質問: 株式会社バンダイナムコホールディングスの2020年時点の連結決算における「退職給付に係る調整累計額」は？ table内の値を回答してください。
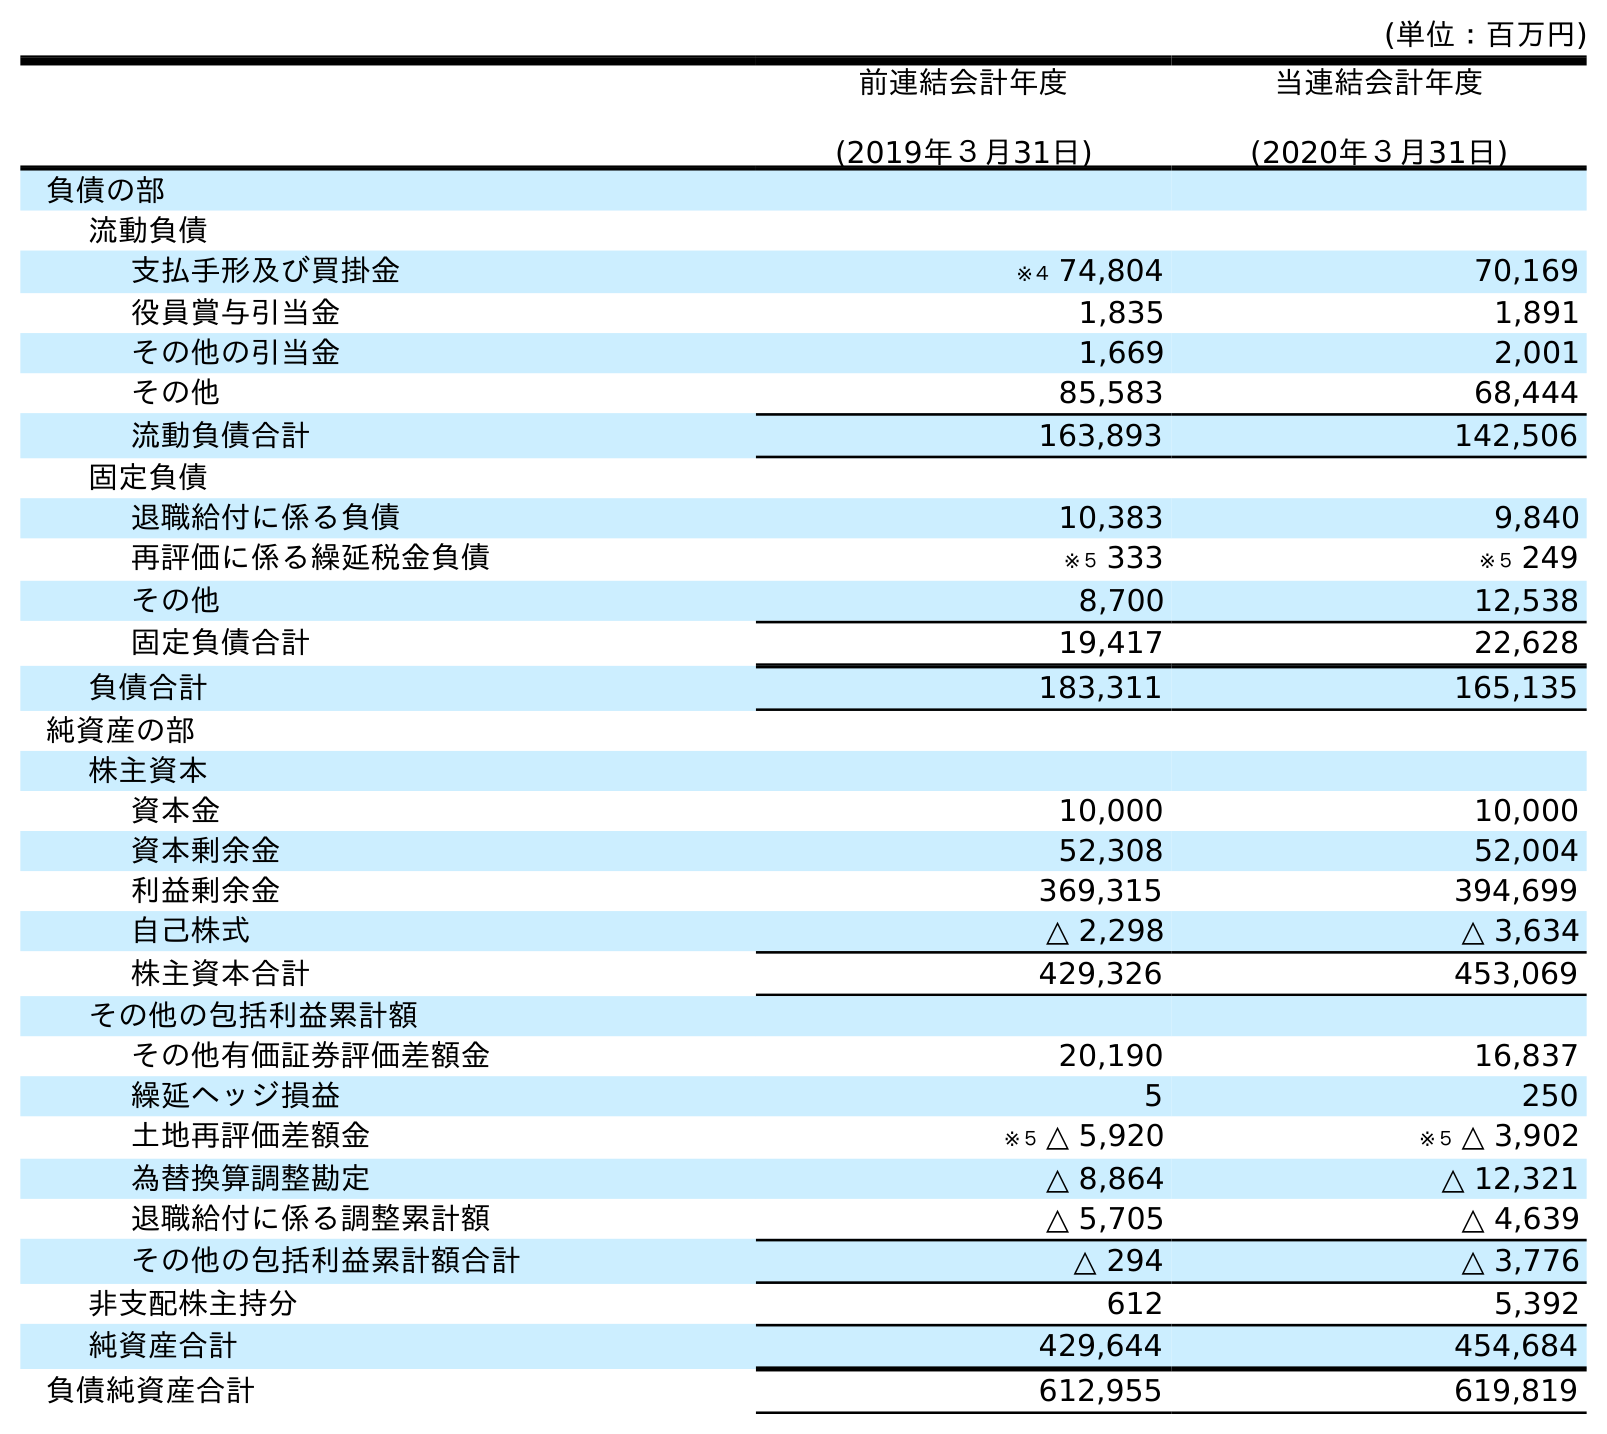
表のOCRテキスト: (単位：百万円) 前連結会計年度 (2019年３月31日) 当連結会計年度 (2020年３月31日) 負債の部 流動負債 支払手形及び買掛金 ※４ 74,804 70,169 役員賞与引当金 1,835 1,891 その他の引当金 1,669 2,001 その他 85,583 68,444 流動負債合計 163,893 142,506 固定負債 退職給付に係る負債 10,383 9,840 再評価に係る繰延税金負債 ※５ 333 ※５ 249 その他 8,700 12,538 固定負債合計 19,417 22,628 負債合計 183,311 165,135 純資産の部 株主資本 資本金 10,000 10,000 資本剰余金 52,308 52,004 利益剰余金 369,315 394,699 自己株式 △ 2,298 △ 3,634 株主資本合計 429,326 453,069 その他の包括利益累計額 その他有価証券評価差額金 20,190 16,837 繰延ヘッジ損益 5 250 土地再評価差額金 ※５ △ 5,920 ※５ △ 3,902 為替換算調整勘定 △ 8,864 △ 12,321 退職給付に係る調整累計額 △ 5,705 △ 4,639 その他の包括利益累計額合計 △ 294 △ 3,776 非支配株主持分 612 5,392 純資産合計 429,644 454,684 負債純資産合計 612,955 619,819
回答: △4,639